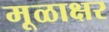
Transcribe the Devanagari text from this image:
मूळाक्षर